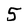
Character: 5